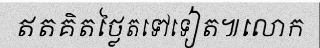
ឥតគិតថ្លៃតទៅទៀត៕លោក